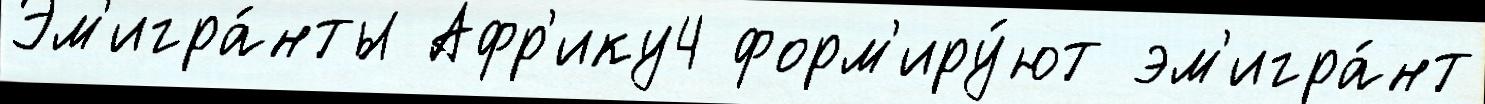
Эм'игра́нты Афр'ику4 форм'иру́ют эм'игра́нт